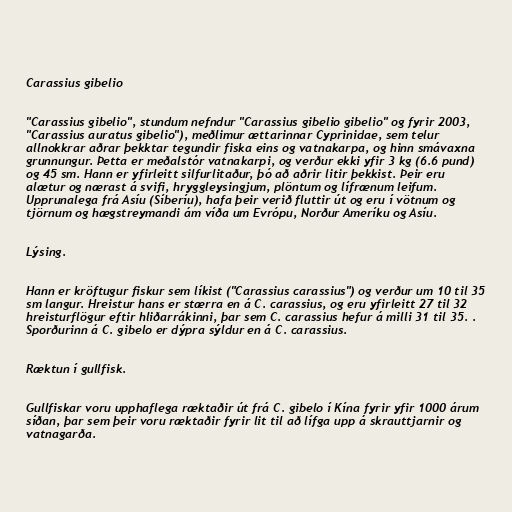
Carassius gibelio

"Carassius gibelio", stundum nefndur "Carassius gibelio gibelio" og fyrir 2003,
"Carassius auratus gibelio"), meðlimur ættarinnar Cyprinidae, sem telur
allnokkrar aðrar þekktar tegundir fiska eins og vatnakarpa, og hinn smávaxna
grunnungur. Þetta er meðalstór vatnakarpi, og verður ekki yfir 3 kg (6.6 pund)
og 45 sm. Hann er yfirleitt silfurlitaður, þó að aðrir litir þekkist. Þeir eru
alætur og nærast á svifi, hryggleysingjum, plöntum og lífrænum leifum.
Upprunalega frá Asíu (Síberíu), hafa þeir verið fluttir út og eru í vötnum og
tjörnum og hægstreymandi ám víða um Evrópu, Norður Ameríku og Asíu.

Lýsing.

Hann er kröftugur fiskur sem líkist ("Carassius carassius") og verður um 10 til 35
sm langur. Hreistur hans er stærra en á C. carassius, og eru yfirleitt 27 til 32
hreisturflögur eftir hliðarrákinni, þar sem C. carassius hefur á milli 31 til 35. .
Sporðurinn á C. gibelo er dýpra sýldur en á C. carassius.

Ræktun í gullfisk.

Gullfiskar voru upphaflega ræktaðir út frá C. gibelo í Kína fyrir yfir 1000 árum
síðan, þar sem þeir voru ræktaðir fyrir lit til að lífga upp á skrauttjarnir og
vatnagarða.